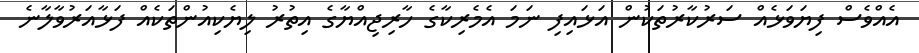
އެއްވެސް ފިޔަވަޅެއް ސަރުކާރުތަކުން އަޅައިފި ނަމަ އެމެރިކާގެ ހާރިޖިއްޔާގެ އިތުރު ލިޔެކިއުންތަކެއް ފަޅާއަރުވާލާނެ